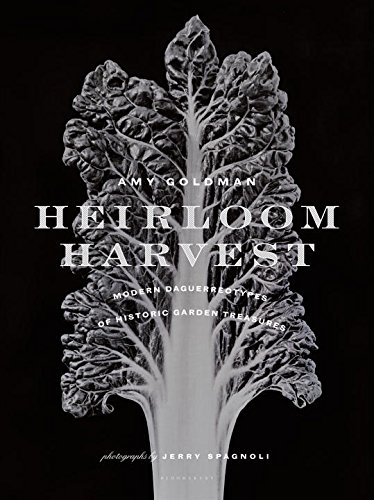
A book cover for Heirloom Harvest: Modern Daguerreotypes of Historic Garden Treasures; Amy Goldman; Crafts, Hobbies & Home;